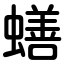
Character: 蟮